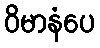
ဝိမာနံပေ